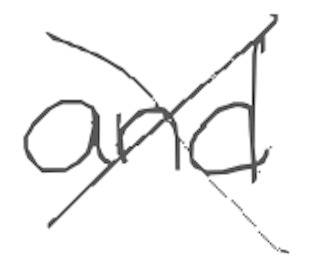
Text: and
Cross-out: cross
Writing tool: digital_gray